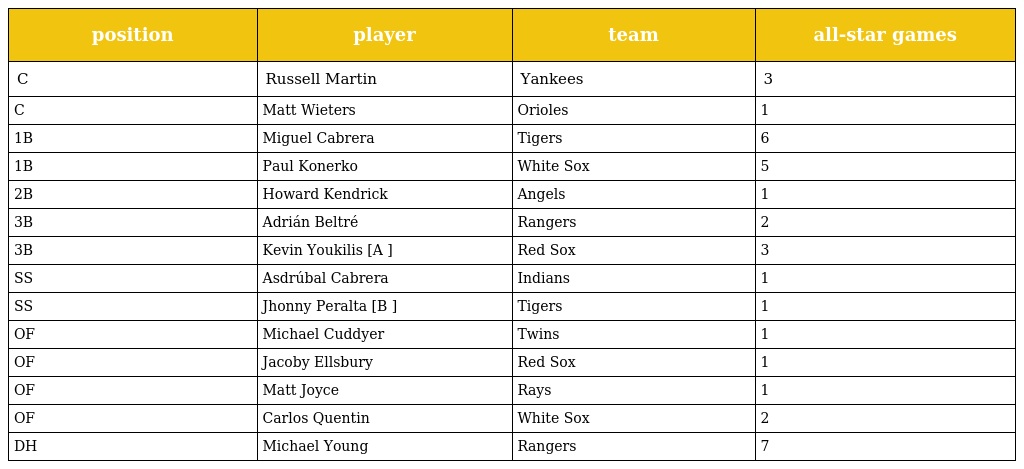
| position | player | team | all-star games |
 | --- | --- | --- | --- |
 | C | Russell Martin | Yankees | 3 |
 | C | Matt Wieters | Orioles | 1 |
 | 1B | Miguel Cabrera | Tigers | 6 |
 | 1B | Paul Konerko | White Sox | 5 |
 | 2B | Howard Kendrick | Angels | 1 |
 | 3B | Adrián Beltré | Rangers | 2 |
 | 3B | Kevin Youkilis [A ] | Red Sox | 3 |
 | SS | Asdrúbal Cabrera | Indians | 1 |
 | SS | Jhonny Peralta [B ] | Tigers | 1 |
 | OF | Michael Cuddyer | Twins | 1 |
 | OF | Jacoby Ellsbury | Red Sox | 1 |
 | OF | Matt Joyce | Rays | 1 |
 | OF | Carlos Quentin | White Sox | 2 |
 | DH | Michael Young | Rangers | 7 |